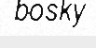
bosky